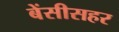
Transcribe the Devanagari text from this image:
बेंसीसहर